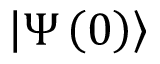
\left| \Psi \left( 0 \right) \right\rangle